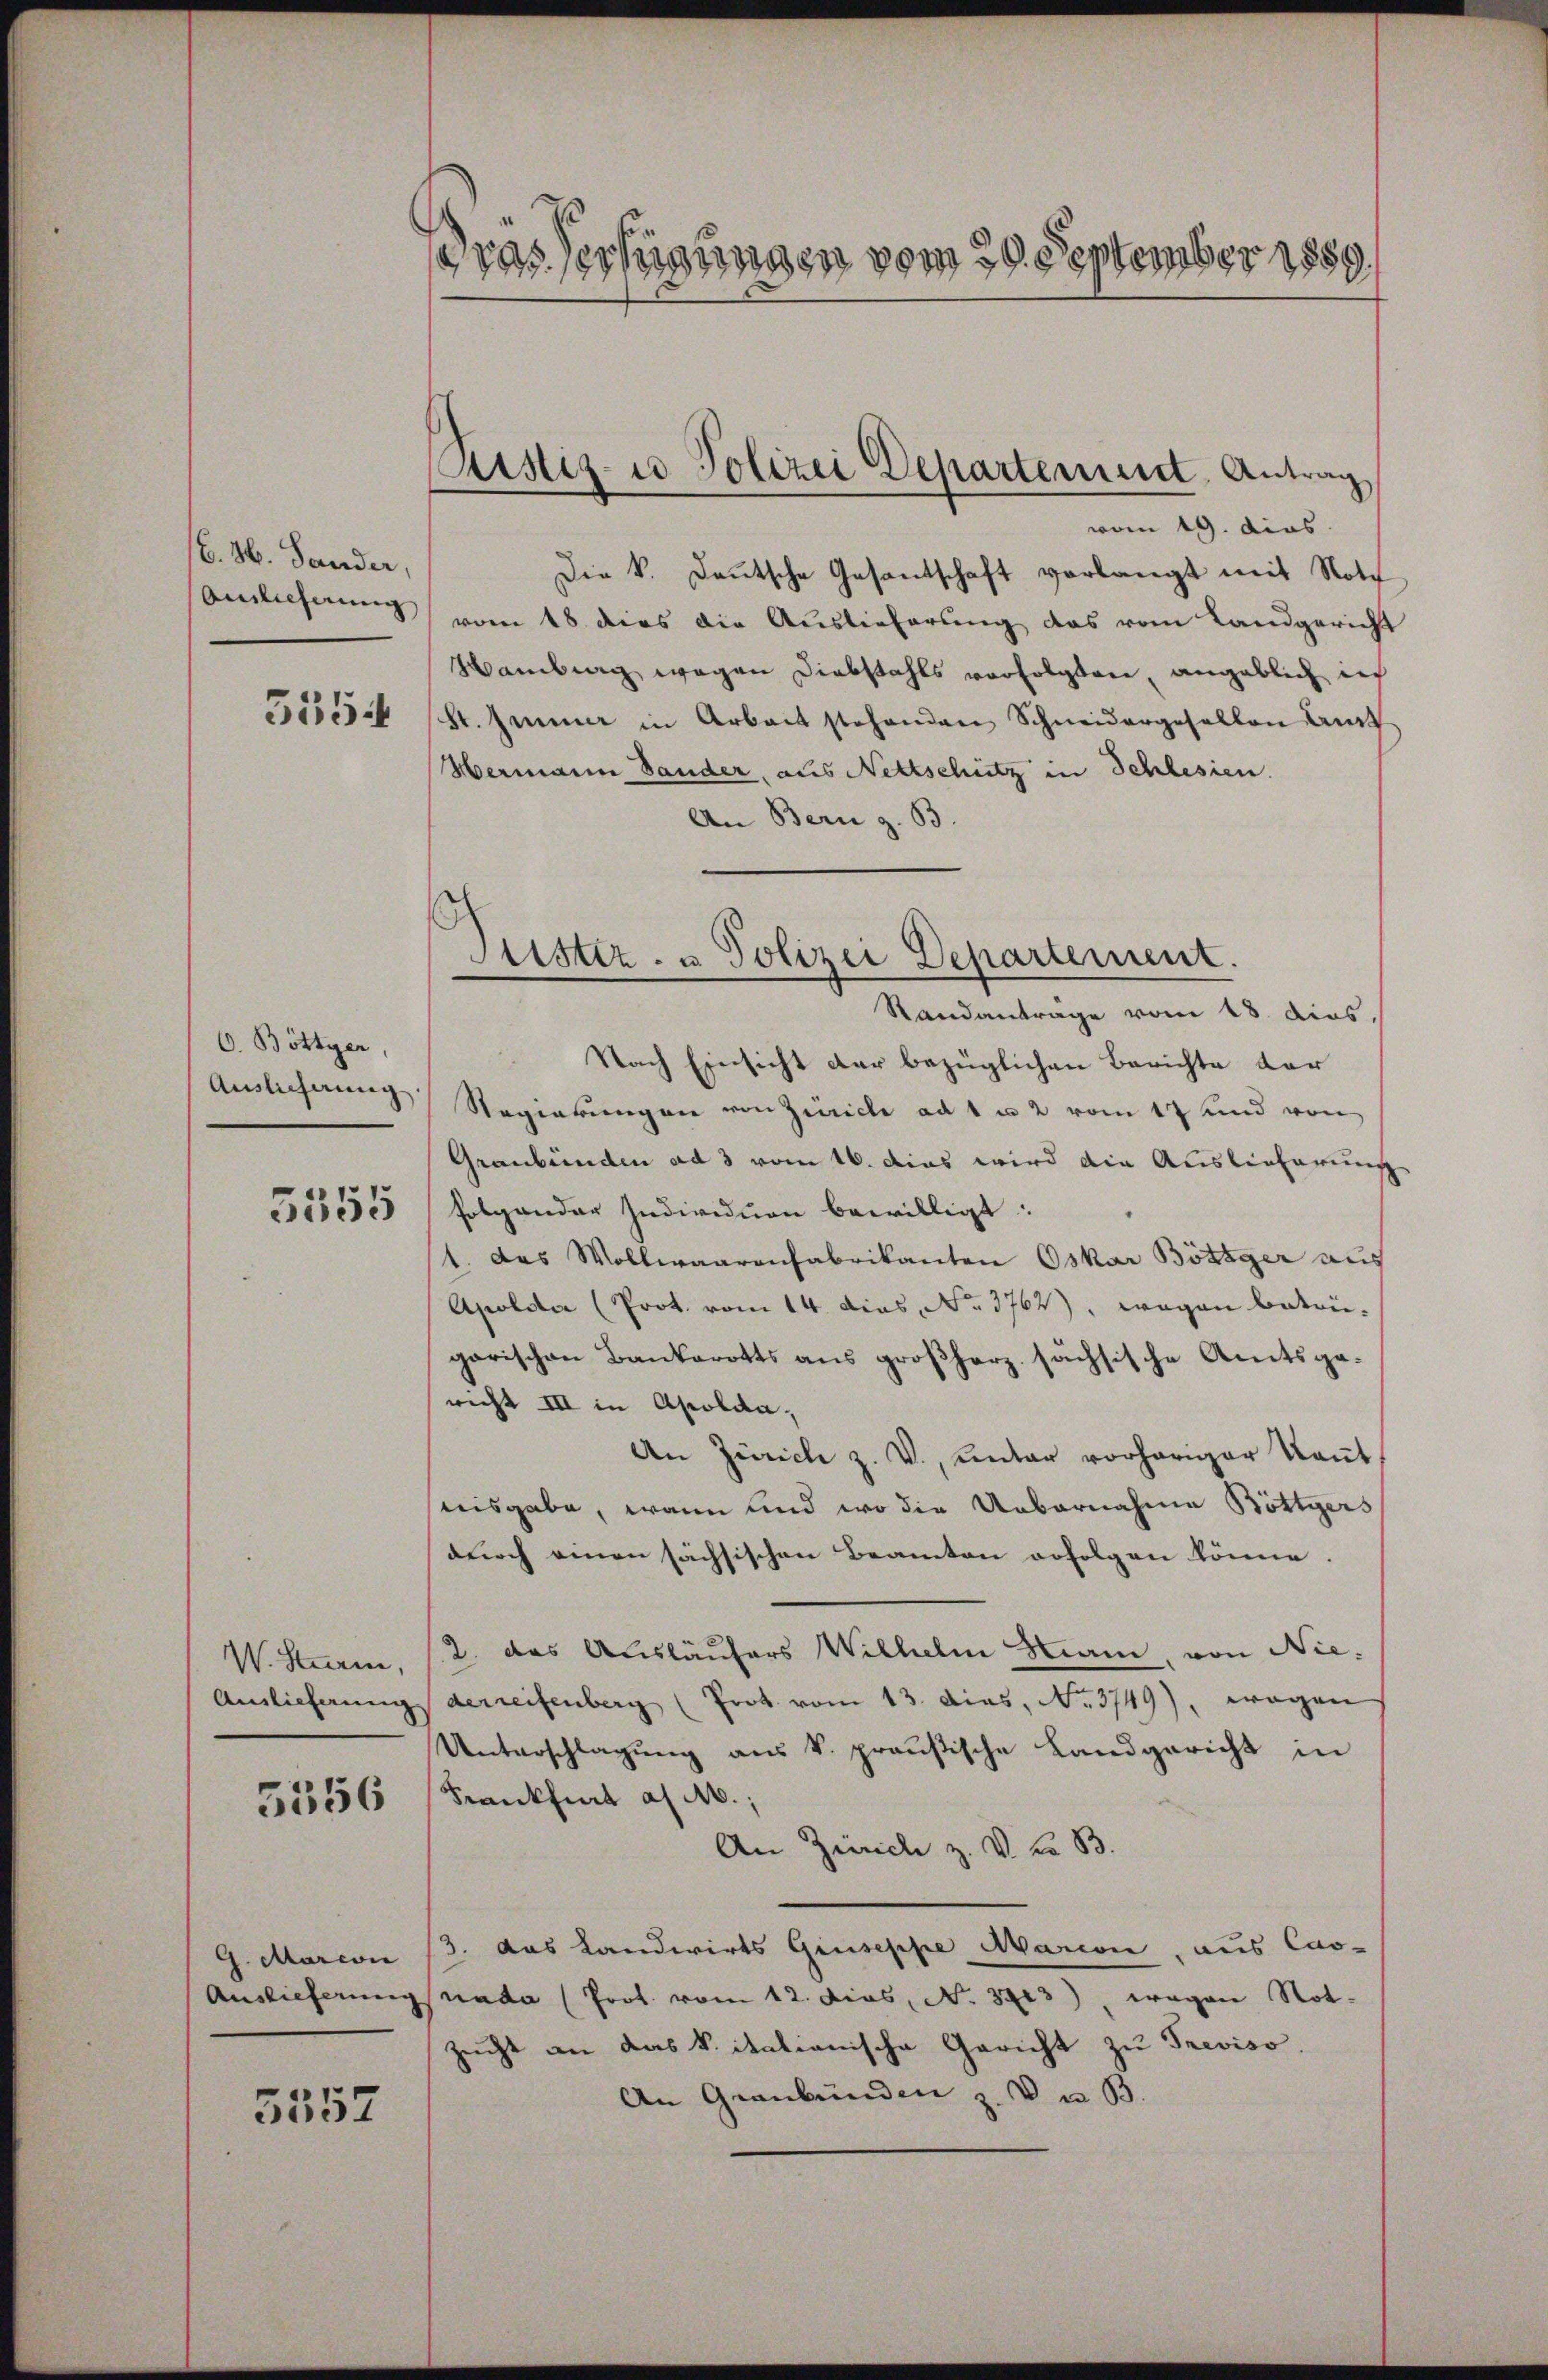
6. 86. Lander,
Auslieferung
5354

O. Böttyer,
Auslieferung

5555

W. Sturm,
Auslieferung

5356

G. Marcon
Auslieferung

5552

ras Verfügungen vom 29. September 1889

Ristiz- u Polizei Departement. Antrag

vom 19. dies
Die k. Deutsche Gesantschaft verlangt mit Notz
vom 18 dies die Auslieferung das vom Landgericht
Hamburg wegen Diebstahls verfolgten, angeblich in
St. Jener in Arbeit stehenden Schneidergesellen Ant
Hermann Bander, aus Nettschütz in Schlesien.
An Bern z. B.
Standantrage vom 18. dies.
Nach Einsicht der bezüglichen Berichte dar
Regierungen von Zürich ad 1 u 2 vom 17 und von
Graubünden ad 3 vom 16. Das wird die Auslieferung
folgender Individuen bewilligt:
1. Das Wollwaarenfabrikanton Oskar Bösiger aus
Apoldar (Prot. vom 14. dies, No. 3762), wegen betrigarischen Bankerotts aus großherz sächsische Amtsge-
richt III in Apolda,
An Zürich z. V., unter vorheriger Kant
nisgabe, wenn und wo die Uebernahme Böttiers
durch einen sächsischen Beamten erfolgen könne.
2. das Ausläufers Wilhelm Mann, von Niederreisenberg (Prot vom 13. dies, No. 3749), wegen
Unterschlagung aus k. preußische Landgericht in
Frankfurt a/M.;
An Zürich z. V. u. B.
3. das Landwirts Giuseppe Marcon aus Cas-
nada (Prot. vom 12. dies, No. 3713), wegen Not-
Zucht an das vitationische Gericht zu Treviso
An Graubünden z. V. u 33.

Frister- u Polizei Departement.